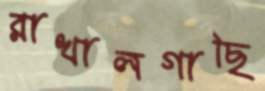
রাখালগাছি